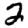
Digit: 2